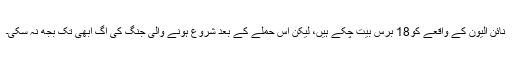
نائن الیون کے واقعے کو18 برس بیت چکے ہیں، لیکن اس حملے کے بعد شروع ہونے والی جنگ کی آگ ابھی تک بجھ نہ سکی۔